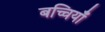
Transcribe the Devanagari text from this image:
बच्चियाँ